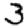
Digit: 3